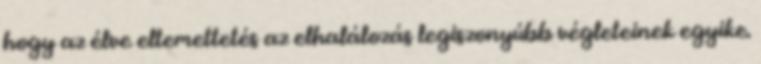
hogy az élve eltemettetés az elhalálozás legiszonyúbb végleteinek egyike.